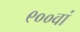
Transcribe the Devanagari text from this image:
९००वां